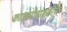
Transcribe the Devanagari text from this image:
काइलोमाइक्रोंस